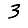
Digit: 3